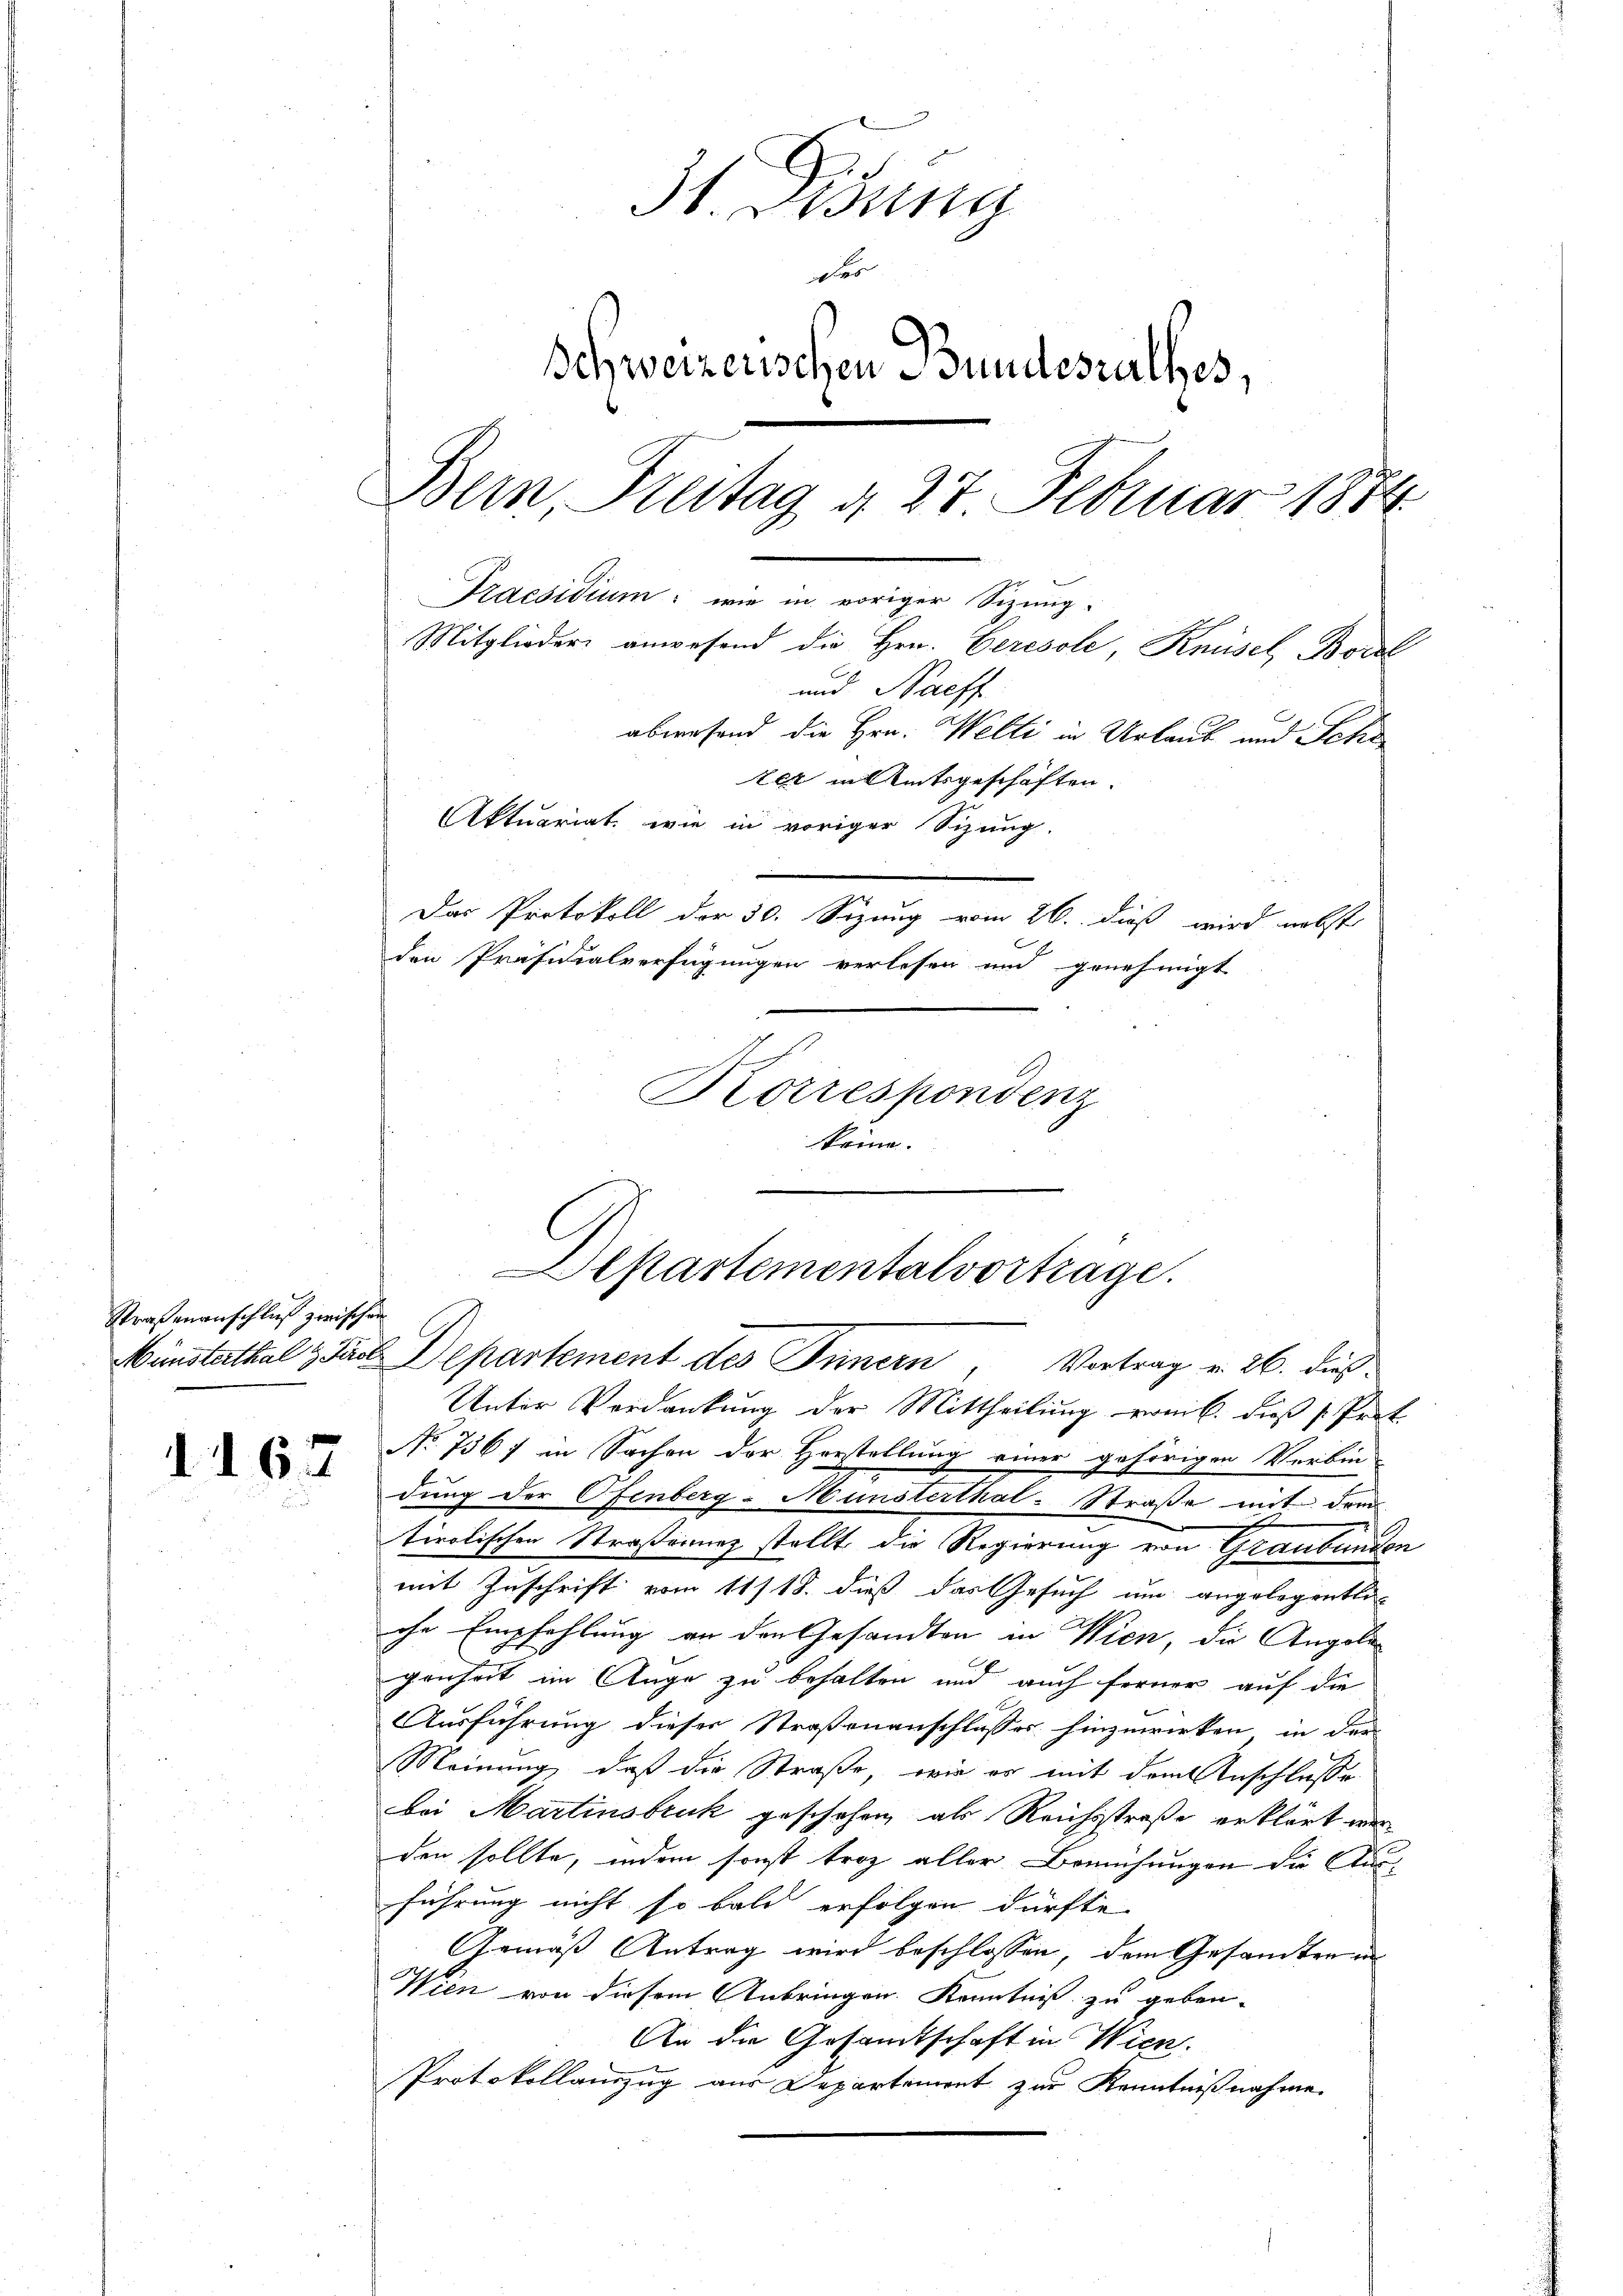
Straßenanschluß zwischen

d. 167

7
Jb. Beding
de
Schweizerischen Bundesrathes,
Bern, Freitag d. 27 Februar 1884
Praesidium: wie in voriger Sizwig-
Mitglieder anwesend die Hrn. Geresole, Knüsel Borel
und Nachf
abwesend die Hrn. Welti in Urlaub und Sche
ter in Amtsgeschäften.
Aktuariat, wie in voriger Sizung.
Das Protokoll der 30. Sizung vom 26. dieß wird nebst
den Präsidialverfügungen verlesen und genehmigt
Korrespondenz
könne.

Unter Verdankung der Mittheilung vom 6. dieß (Pert
No 7567 in Sachen der Herstellung einer gehörigen Verbin-
dung der Ofenberg-Münsterthal-Straße mit dem
tirolischen Straßenung stellt die Regierung von Graubünden
mit Zuschrift vom 11/18. dieß das Gesuch um angelegentli-
che Empfehlung an den Gesandten in Wien, die Angelegenheit im Auge zu behalten und auch ferner auf die
Ausführung dieser Straßenanschlusses hinzuwirken, in der
Meinung, daß die Straße, wie es mit dem Anschlusse
bei Martinsbruk geschehen, als Reichsstraße erklärt wer
den sollte, indem sonst troz aller Bemühungen die Ausführung nicht so bald erfolgen dürfte.
Gemäß Antrag wird beschlossen, dem Gesandten in
Wien von diesem Anbringen Kenntniß zu geben.
An die Gesandtschaft in Wien.
Protokollauszug aus Departement zur Kenntnißnahme.

Departementalvortrage.
Münsterthal & Jarl. Departement des Innern, Vortrag v. 26. dies